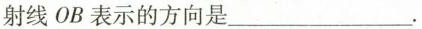
射线OB表示的方向是___.